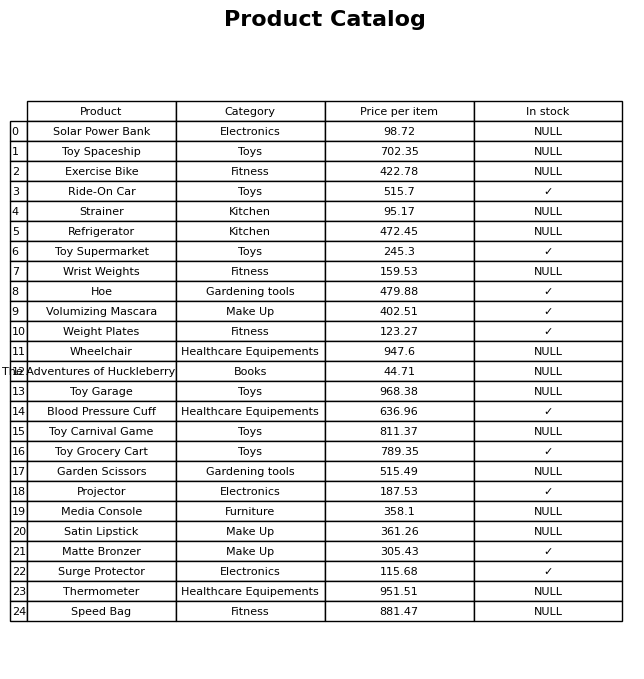
question: What is the price of the Toy Garage?
answer: The price of Toy Garage is 968.38.